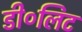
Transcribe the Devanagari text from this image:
डी०लिट